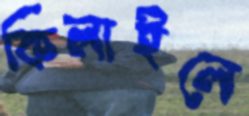
কিলাইলে